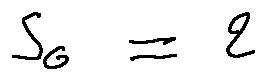
s _ { 0 } = 2